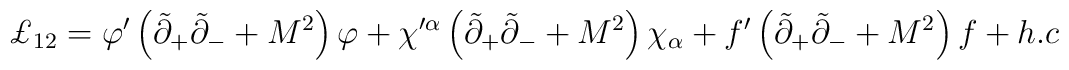
\pounds _{12}=\varphi ^{\prime }\left( \tilde{\partial}_{+}\tilde{\partial}_{-}+M^2\right) \varphi +\chi ^{\prime \alpha }\left( \tilde{\partial}_{+}\tilde{\partial}_{-}+M^2\right) \chi _\alpha +f^{\prime }\left( \tilde{\partial}_{+}\tilde{\partial}_{-}+M^2\right) f+h.c